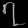
Digit: ၇